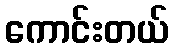
ကောင်းတယ်